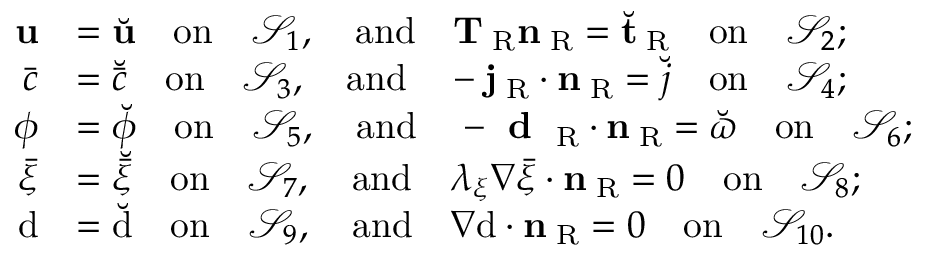
\begin{array} { r l } { { \bf u } } & { = \breve { { \bf u } } \quad \mathrm { o n } \quad \mathcal { S } _ { 1 } , \quad \mathrm { a n d } \quad { \bf T } _ { \mathrm { \tiny ~ R } } { \bf n } _ { \mathrm { \tiny ~ R } } = \breve { { \bf t } } _ { \mathrm { \tiny ~ R } } \quad \mathrm { o n } \quad \mathcal { S } _ { 2 } ; } \\ { \bar { c } } & { = \breve { \bar { c } } \quad \mathrm { o n } \quad \mathcal { S } _ { 3 } , \quad \mathrm { a n d } \quad - { \bf j } _ { \mathrm { \tiny ~ R } } \cdot { \bf n } _ { \mathrm { \tiny ~ R } } = \breve { j } \quad \mathrm { o n } \quad \mathcal { S } _ { 4 } ; } \\ { \phi } & { = \breve { \phi } \quad \mathrm { o n } \quad \mathcal { S } _ { 5 } , \quad \mathrm { a n d } \quad - \textbf { d } _ { \mathrm { \tiny ~ R } } \cdot { \bf n } _ { \mathrm { \tiny ~ R } } = \breve { \varpi } \quad \mathrm { o n } \quad \mathcal { S } _ { 6 } ; } \\ { \bar { \xi } } & { = \breve { \bar { \xi } } \quad \mathrm { o n } \quad \mathcal { S } _ { 7 } , \quad \mathrm { a n d } \quad \lambda _ { \xi } \nabla \bar { \xi } \cdot { \bf n } _ { \mathrm { \tiny ~ R } } = 0 \quad \mathrm { o n } \quad \mathcal { S } _ { 8 } ; } \\ { \mathrm { d } } & { = \breve { \mathrm { d } } \quad \mathrm { o n } \quad \mathcal { S } _ { 9 } , \quad \mathrm { a n d } \quad { \nabla \mathrm { d } } \cdot { \bf n } _ { \mathrm { \tiny ~ R } } = 0 \quad \mathrm { o n } \quad \mathcal { S } _ { 1 0 } . } \end{array}